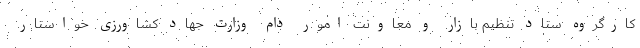
کارگروه ستاد تنظیم بازار و معاونت امور دام وزارت جهاد کشاورزی خواستار